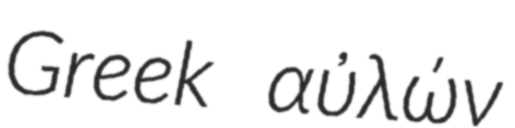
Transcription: Greek αὐλών